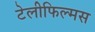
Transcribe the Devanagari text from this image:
टेलीफिल्मस